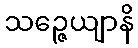
သဉ္ဇေယျာနိ